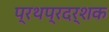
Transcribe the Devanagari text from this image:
प्रथप्रदर्शक